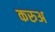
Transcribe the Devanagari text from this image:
करुअ